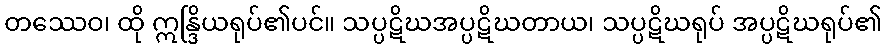
တဿေဝ၊ ထို ဣန္ဒြိယရုပ်၏ပင်။ သပ္ပဋိဃအပ္ပဋိဃတာယ၊ သပ္ပဋိဃရုပ် အပ္ပဋိဃရုပ်၏